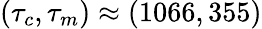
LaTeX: (\tau_{c},\tau_{m})\approx(1066,355)